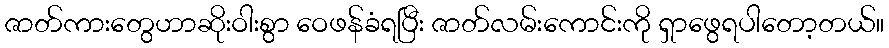
ဇာတ်ကားတွေဟာဆိုးဝါးစွာ ဝေဖန်ခံရပြီး ဇာတ်လမ်းကောင်းကို ရှာဖွေရပါတော့တယ်။